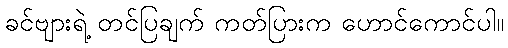
ခင်ဗျားရဲ့ တင်ပြချက် ကတ်ပြားက ဟောင်ကောင်ပါ။